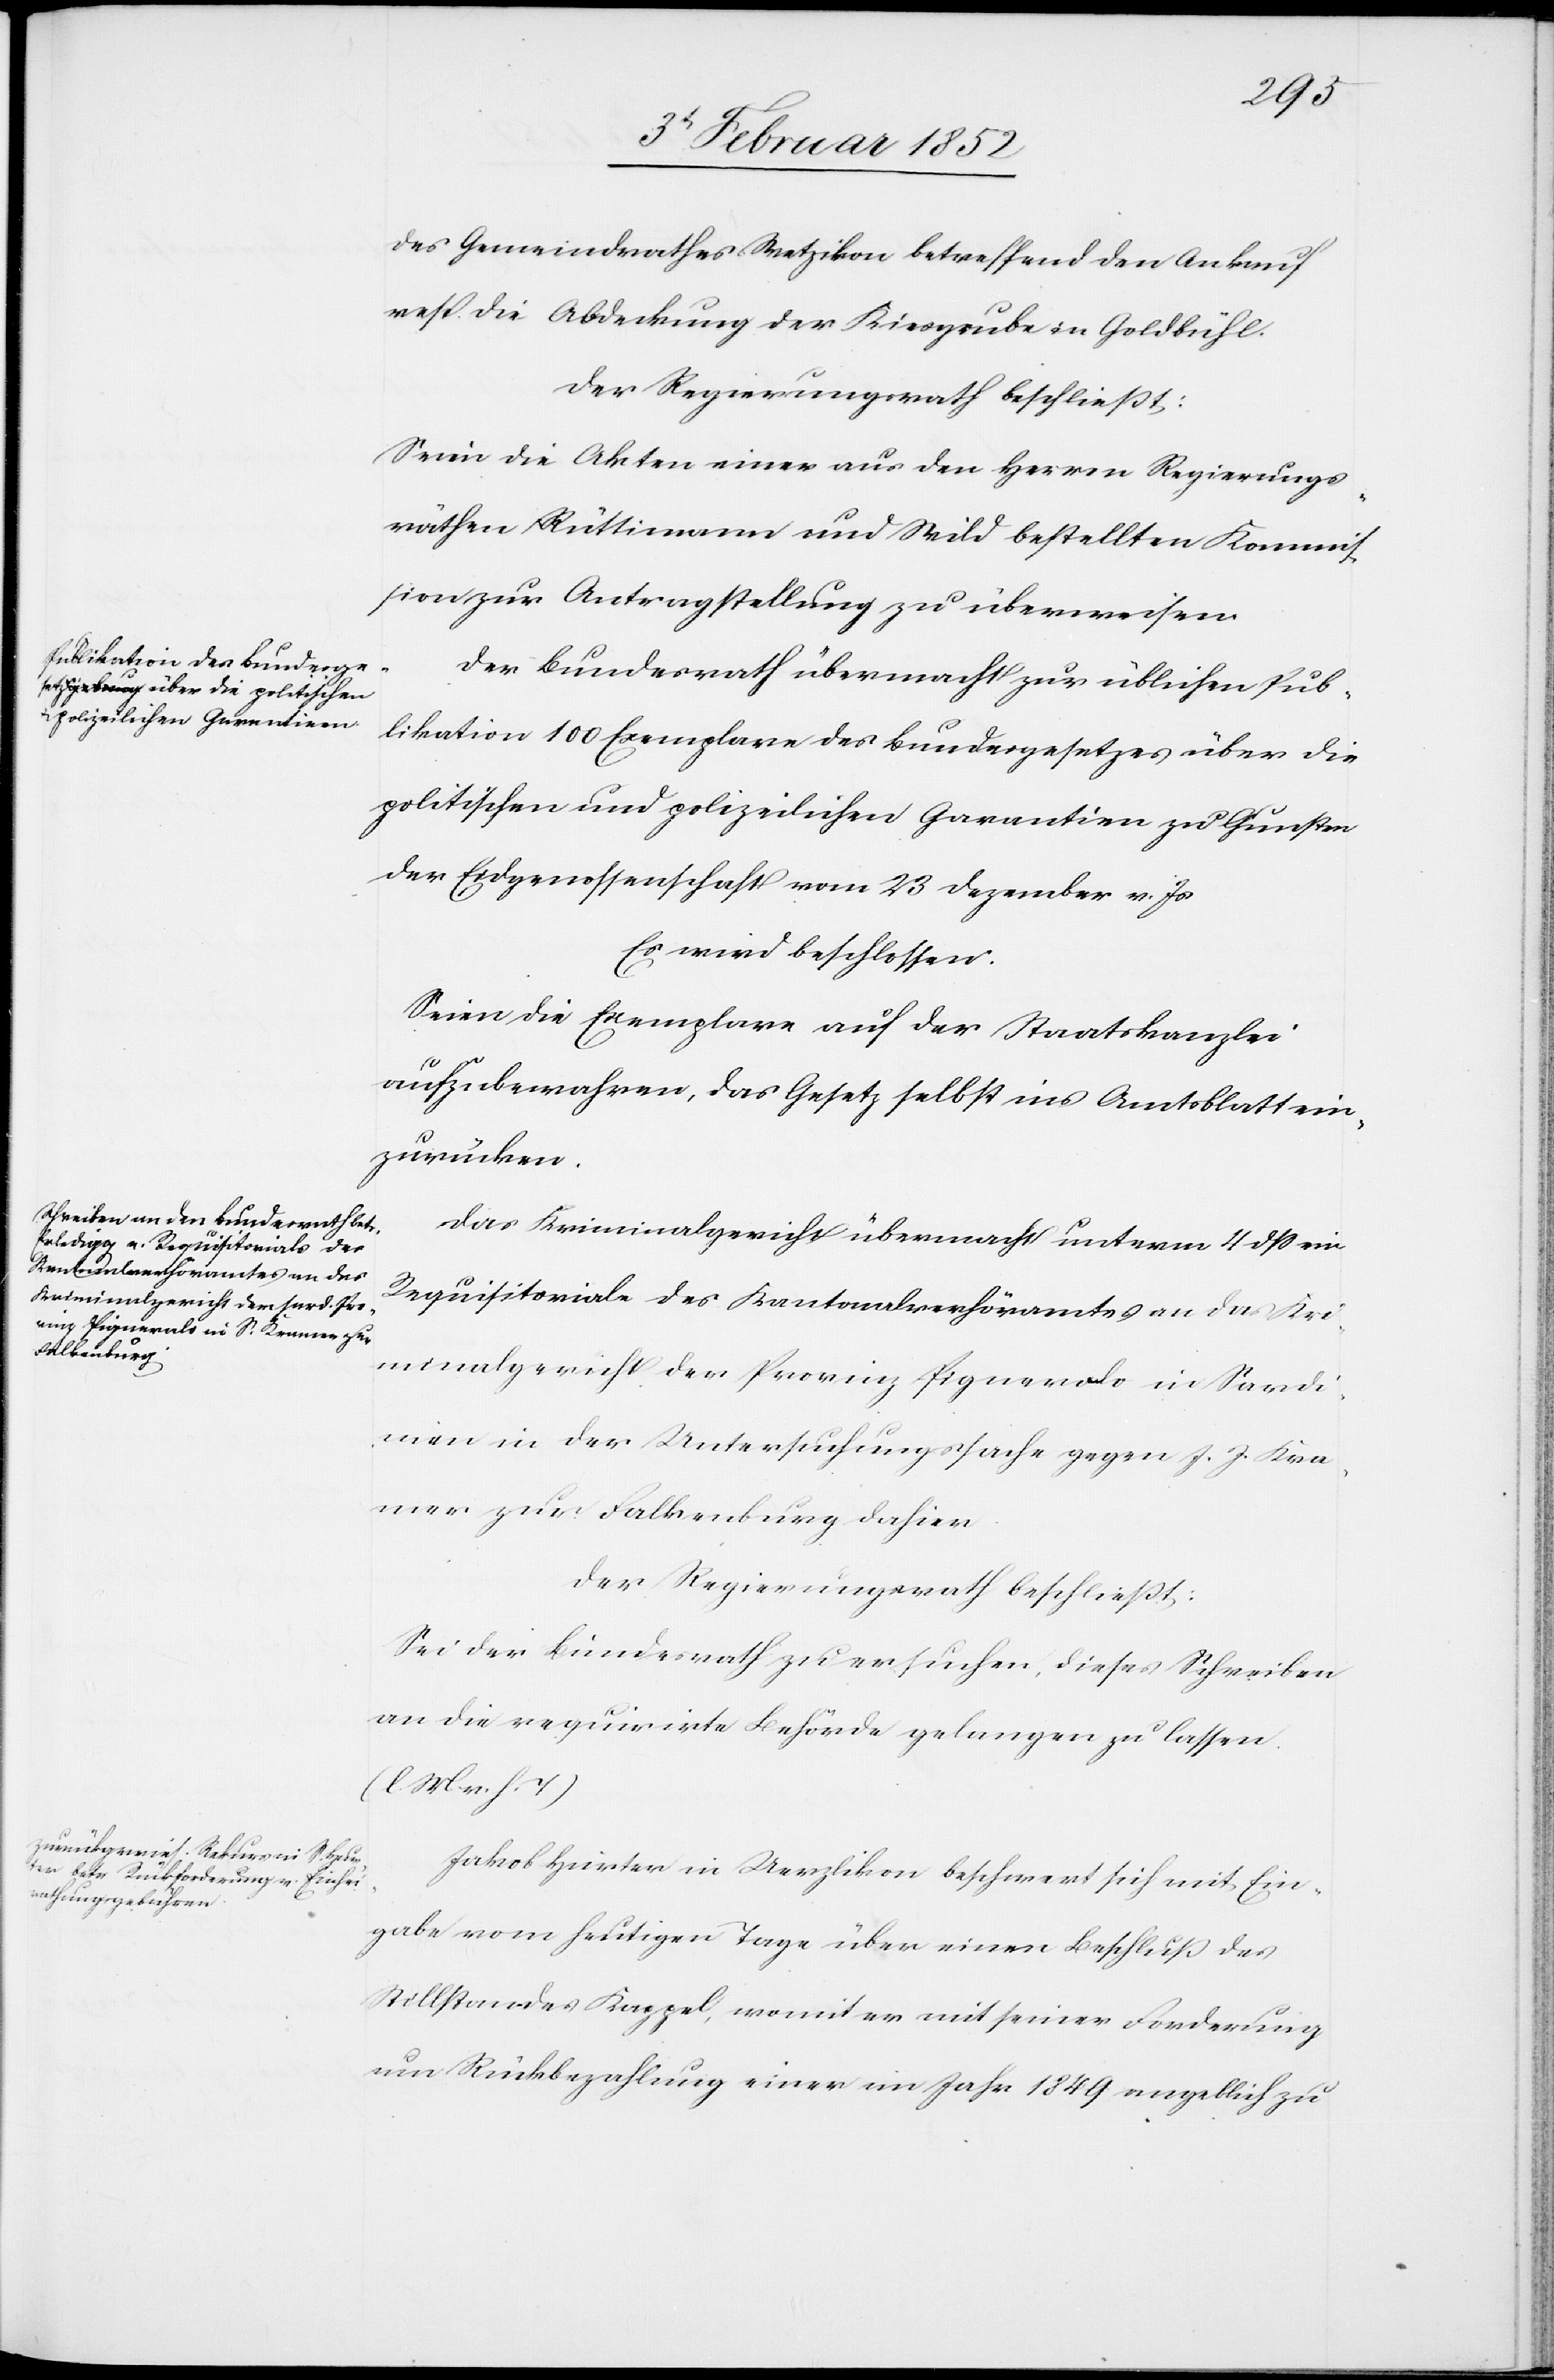
Gemeindrathes Wetzikon betreffend den Ankauf
resp. die Abdeckung der Kiesgrube an Goldbühl.
Der Regierungsrath beschließt:
Seien die Akten einer aus den Herren Regierungs¬
räthen Rüttimann und Wild bestellten Kommis¬
sion zur Antragstellung zu überweisen.
Der Bundesrath übermacht zur üblichen Pub¬
likation 100 Exemplare des Bundesgesetzes über die
politischen und polizeilichen Garantien zu Gunsten
der Eidgenossenschaft vom 23 Dezember v. Js
Es wird beschlossen.
Seien die Exemplare auf der Staatskanzlei
aufzubewahren, das Gesetz selbst ins Amtsblatt ein¬
zurücken.
Das Kriminalgericht übermacht unterm 11 dß ein
Requisitoriale des Kantonalverhöramtes an das Kri¬
minalgericht der Provinz Pignerolo in Sardi¬
nien in der Untersuchungssache gegen J. J. Kra¬
mer zur Falkenburg dahier.
Der Regierungsrath beschließt:
Sei der Bundesrath zu ersuchen, dieses Schreiben
an die requirirte Behörde gelangen zu lassen.
(l. M. v. h. T.)
Jakob Hurter in Uerzlikon beschwert sich mit Ein¬
gabe vom heutigen Tage über einen Beschluß des
Stillstandes Kappel, womit er mit seiner Forderung
um Rückbezahlung einer im Jahr 1849 angeblich zu